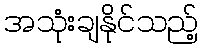
အသုံးချနိုင်သည့်